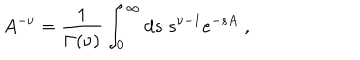
LaTeX: A ^ { - \nu } = \frac { 1 } { \Gamma ( \nu ) } \int _ { 0 } ^ { \infty } d s \; s ^ { \nu - 1 } e ^ { - s A } \; ,